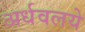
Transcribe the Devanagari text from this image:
अर्धवलये